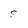
Character: s